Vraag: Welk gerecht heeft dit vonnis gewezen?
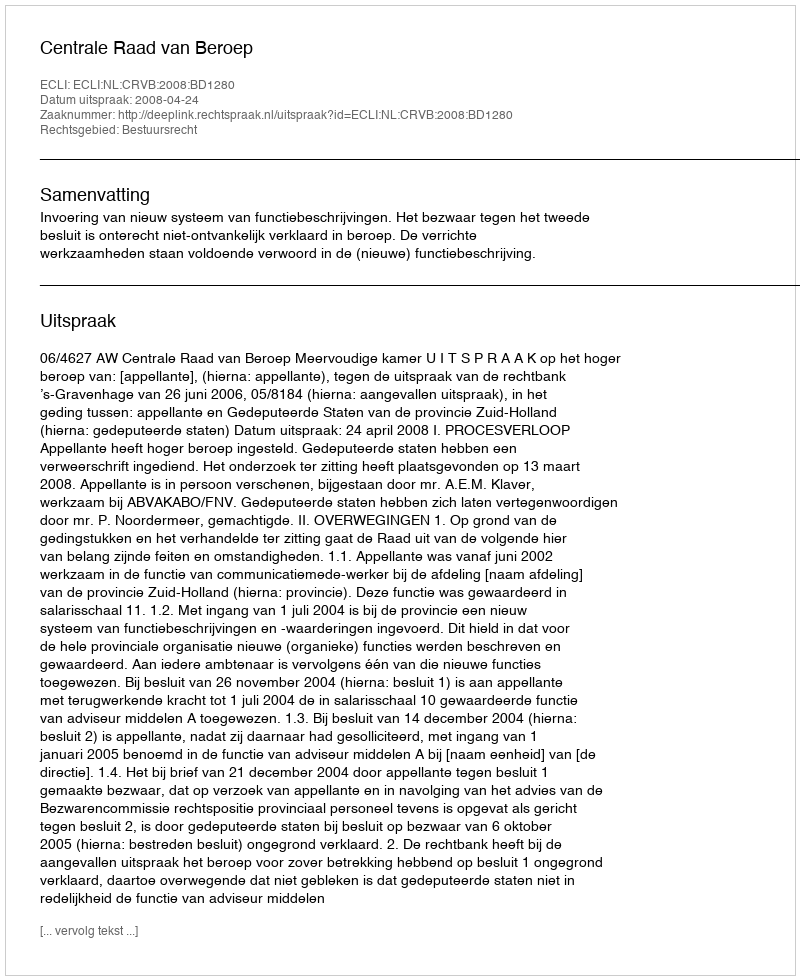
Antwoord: Centrale Raad van Beroep